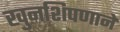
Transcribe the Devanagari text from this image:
खुनशिपणाने